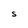
Character: S